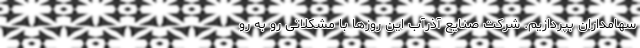
سهامداران بپردازیم. شرکت صنایع آذرآب این روزها با مشکلاتی رو به رو